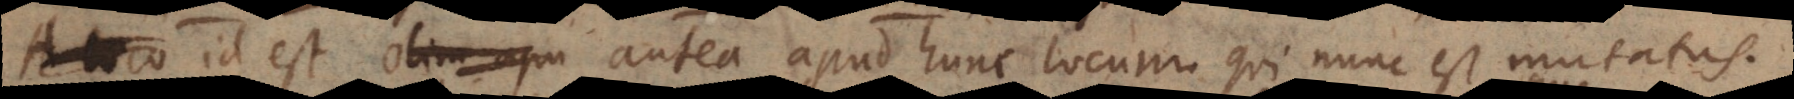
loco id est antea apud hunc locum qui nunc est mutatus.